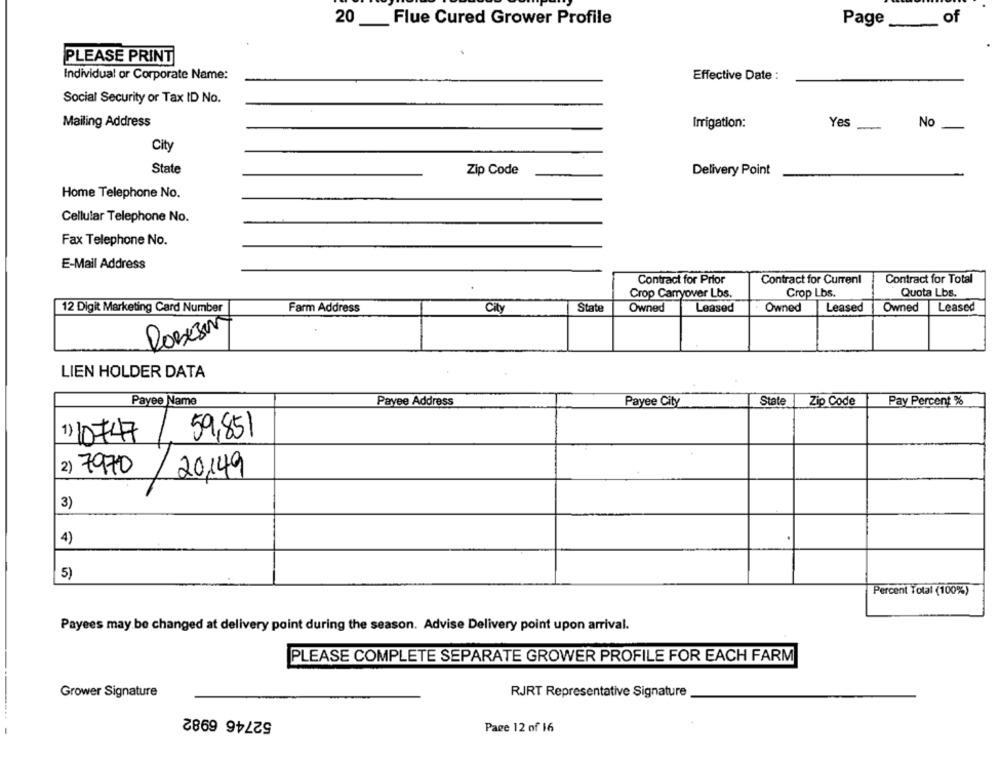
20 __ Flue Cured Grower Profile
of
Page __
PLEASE PRINT
Individual or Corporate Name:
Effective Date :
Social Security or Tax ID No.
Mailing Address
Yes
Irrigation:
-
No
City
State
Zip Code
Delivery Point
Home Telephone No.
Cellular Telephone No.
Fax Telephone No.
E-Mail Address
Contract for Prior
Contract for Current
Contract for Total
Crop Carryover Lbs.
Crop Lbs.
Quota Lbs.
12 Digit Marketing Card Number
Farm Address
City
State
Owned
Leased
Owned
Leased
Owned
Leased
LIEN HOLDER DATA
Payee Name
Payee Address
Payee City
State
Zip Code
Pay Percent %
59,851
1) 10747
2) 7970
20149
3)
4)
5)
Percent Total (100%)
Payees may be changed at delivery point during the season. Advise Delivery point upon arrival.
PLEASE COMPLETE SEPARATE GROWER PROFILE FOR EACH FARM
Grower Signature
RJRT Representative Signature
52746 6982
Page 12 of 16